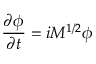
\frac { \partial \phi } { \partial t } = i M ^ { 1 / 2 } \phi